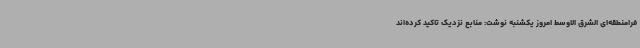
فرامنطقه‌ای الشرق الاوسط امروز یکشنبه نوشت: منابع نزدیک تاکید کرده‌اند